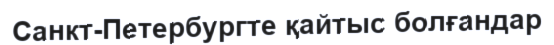
Санкт-Петербургте қайтыс болғандар